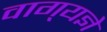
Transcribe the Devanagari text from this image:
वाग्‌यज्ञे